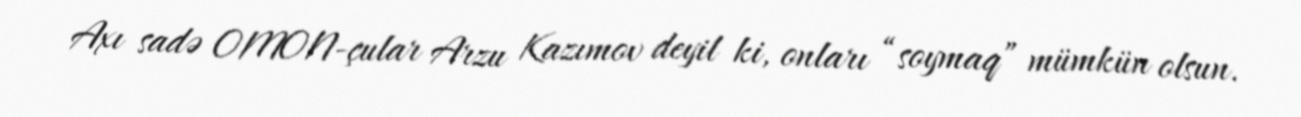
Axı sadə OMON-çular Arzu Kazımov deyil ki, onları “soymaq” mümkün olsun.